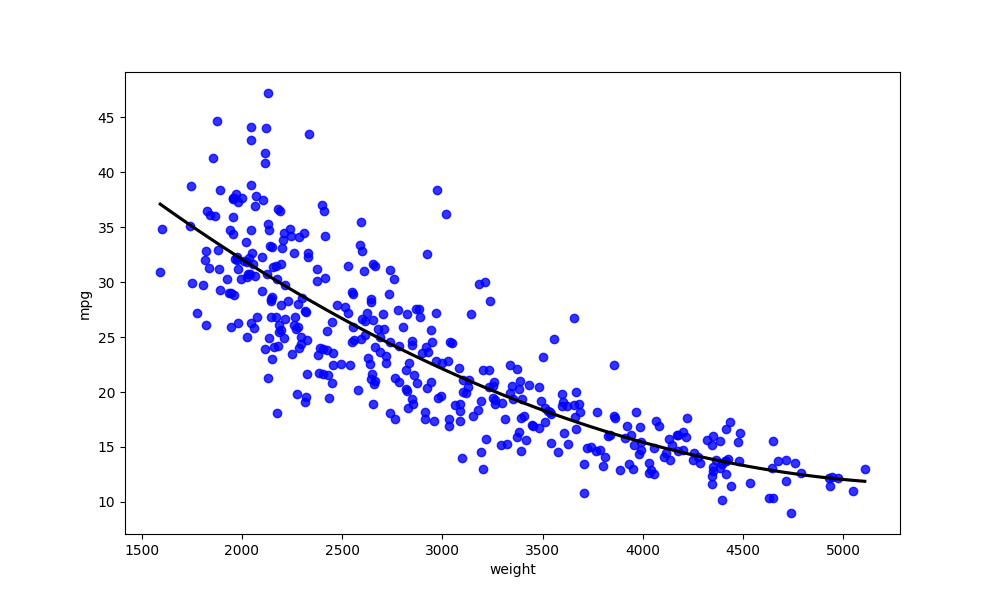
python, seaborn, regplot, order=2, ci=None, scatter_color=blue, line_color=black